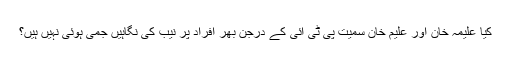
کیا علیمہ خان اور علیم خان سمیت پی ٹی آئی کے درجن بھر افراد پر نیب کی نگاہیں جمی ہوئی نہیں ہیں؟